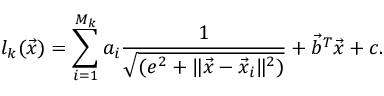
l _ { k } ( \vec { x } ) = \sum _ { i = 1 } ^ { M _ { k } } a _ { i } \frac { 1 } { \sqrt { ( e ^ { 2 } + \| \vec { x } - \vec { x } _ { i } \| ^ { 2 } ) } } + \vec { b } ^ { T } \vec { x } + c .